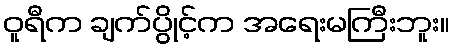
ဝူရီက ချက်ပွိုင့်က အရေးမကြီးဘူး။